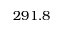
2 9 1 . 8